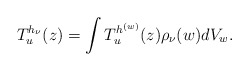
\begin{align*} T^{h_\nu}_u(z)=\int T^{h^{(w)}}_u(z)\rho_\nu(w)dV_w. \end{align*}